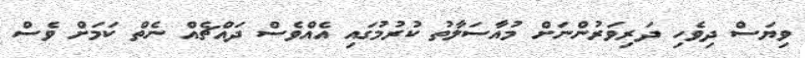
ވިޔަސް ދިވެހި ދަރިވަރުންނަށް މުއާސަލާތު ކުރުމުގައި އެއްވެސް ދައްޗެއް ނެތް ކަމަށް ވެސް